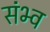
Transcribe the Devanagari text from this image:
संभ्व